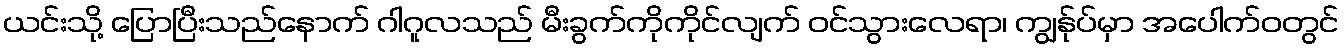
ယင်းသို့ ပြောပြီးသည်နောက် ဂါဂူလသည် မီးခွက်ကိုကိုင်လျက် ဝင်သွားလေရာ၊ ကျွန်ုပ်မှာ အပေါက်ဝတွင်